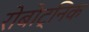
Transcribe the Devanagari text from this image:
रोबोट्निक